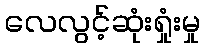
လေလွင့်ဆုံးရှုံးမှု